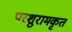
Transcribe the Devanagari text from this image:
परशुरामकृत